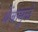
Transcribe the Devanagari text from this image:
थेंबांमुळे